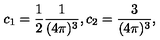
c _ { 1 } = \frac { 1 } { 2 } \frac { 1 } { ( 4 \pi ) ^ { 3 } } , c _ { 2 } = \frac { 3 } { ( 4 \pi ) ^ { 3 } } ,